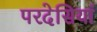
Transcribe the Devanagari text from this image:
परदेसियां